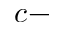
c -